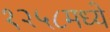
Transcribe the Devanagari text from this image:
१२५८मध्ये